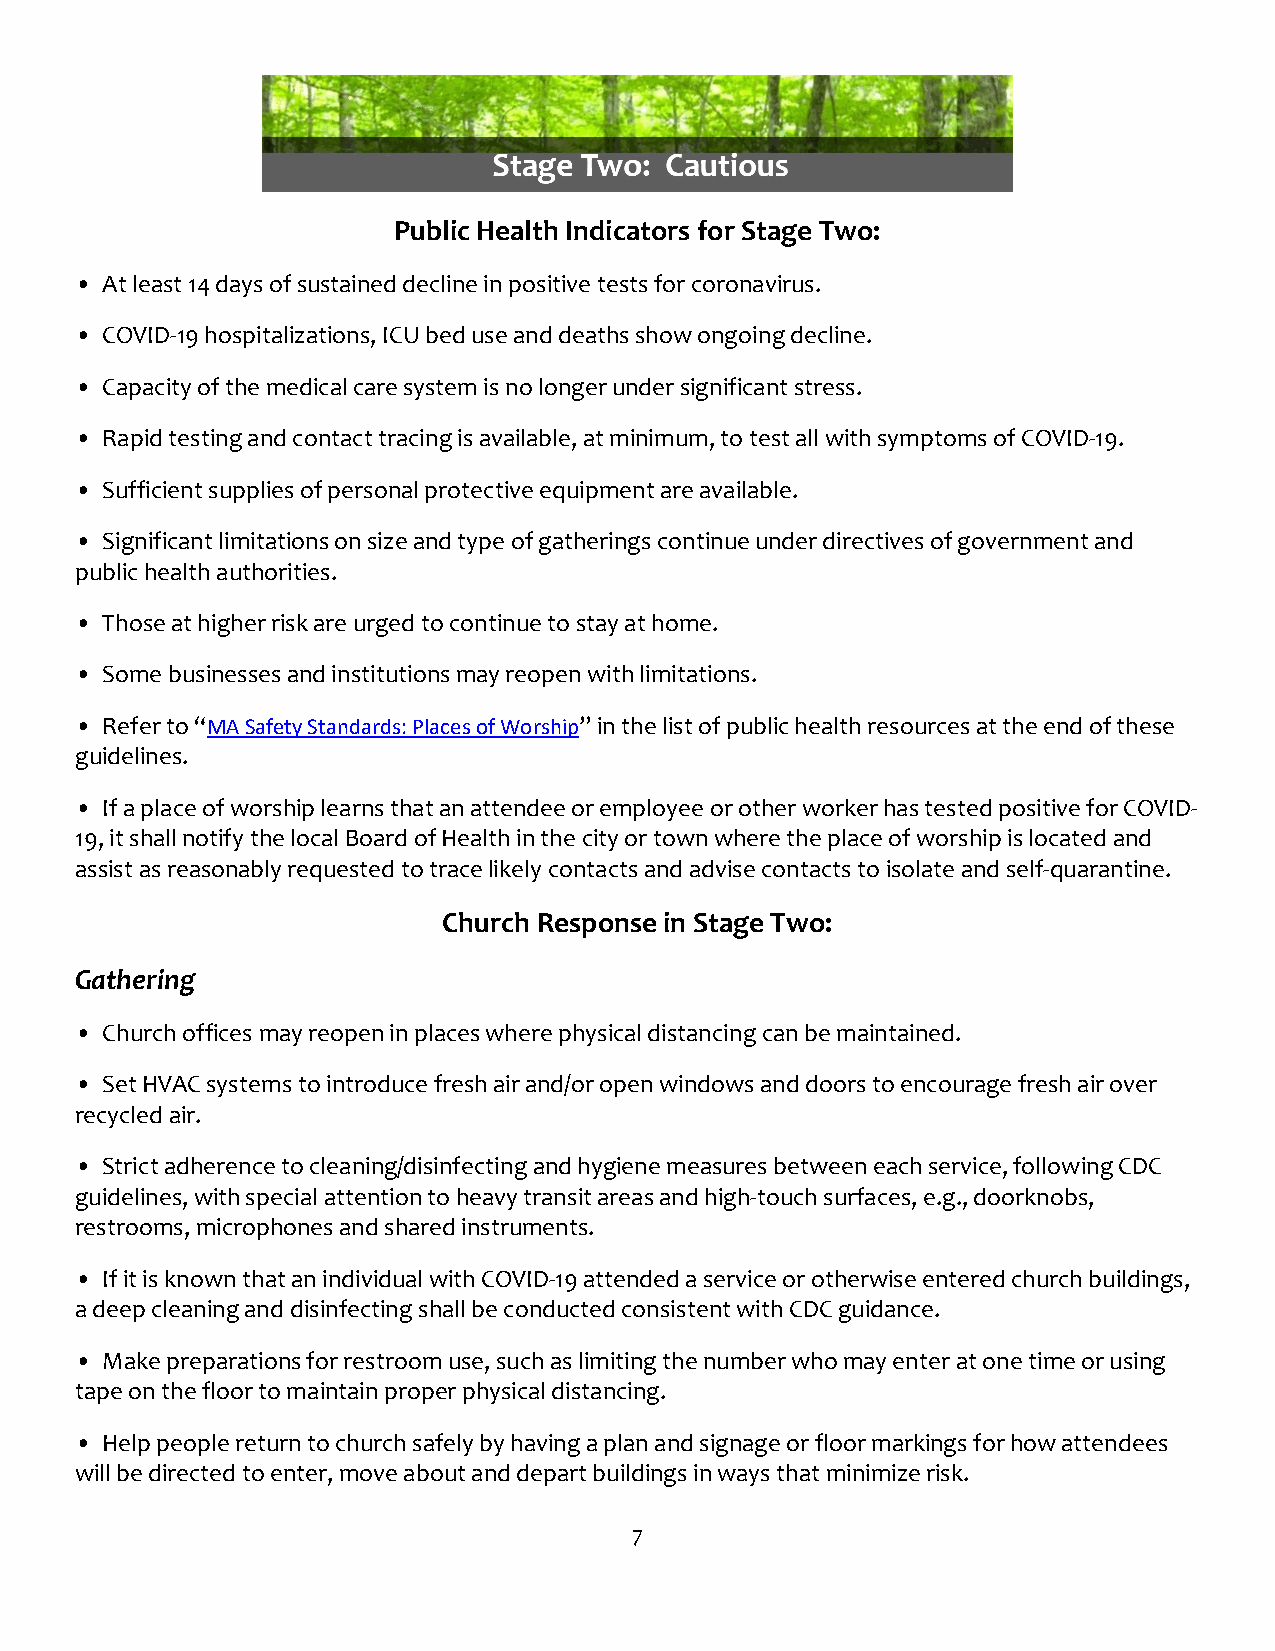
Public Health Indicators for Stage Two:
 • At least 14 days of sustained decline in positive tests for coronavirus.
 • COVID-19 hospitalizations, ICU bed use and deaths show ongoing decline.
 • Capacity of the medical care system is no longer under significant stress.
 • Rapid testing and contact tracing is available, at minimum, to test all with symptoms of COVID-19.
 • Sufficient supplies of personal protective equipment are available.
 • Significant limitations on size and type of gatherings continue under directives of government and
 public health authorities.
 • Those at higher risk are urged to continue to stay at home.
 • Some businesses and institutions may reopen with limitations.
 • Refer to “MA Safety Standards: Places of Worship” in the list of public health resources at the end of these
 guidelines.
 • If a place of worship learns that an attendee or employee or other worker has tested positive for COVID-
 19, it shall notify the local Board of Health in the city or town where the place of worship is located and
 assist as reasonably requested to trace likely contacts and advise contacts to isolate and self-quarantine.
 Church Response in Stage Two:
 Gathering
 • Church offices may reopen in places where physical distancing can be maintained.
 • Set HVAC systems to introduce fresh air and/or open windows and doors to encourage fresh air over
 recycled air.
 • Strict adherence to cleaning/disinfecting and hygiene measures between each service, following CDC
 guidelines, with special attention to heavy transit areas and high-touch surfaces, e.g., doorknobs,
 restrooms, microphones and shared instruments.
 • If it is known that an individual with COVID-19 attended a service or otherwise entered church buildings,
 a deep cleaning and disinfecting shall be conducted consistent with CDC guidance.
 • Make preparations for restroom use, such as limiting the number who may enter at one time or using
 tape on the floor to maintain proper physical distancing.
 • Help people return to church safely by having a plan and signage or floor markings for how attendees
 will be directed to enter, move about and depart buildings in ways that minimize risk.
 7